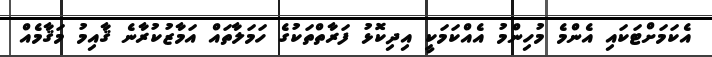
އެކަމަށްޓަކައި އެންމެ މުހިންމު އެއްކަމަކީ އިދިކޮޅު ފަރާތްތަކުގެ ހަމަލާތައް އަމާޒުކުރާނެ ޤާއިމު މަޤާމެއް